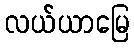
လယ်ယာမြေ